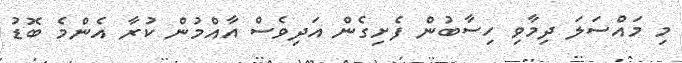
މި މައްސަލަ ދިމާވި ހިސާބުން ފެށިގެން އަދިވެސް އާއްމުން ކުރާ އެންމެ ބޮޑު